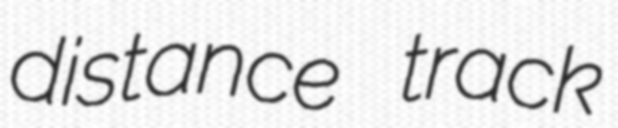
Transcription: distance track